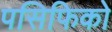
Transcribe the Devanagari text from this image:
पसिफिको